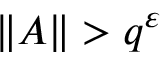
\| A \| > q ^ { \varepsilon }